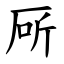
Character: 厛